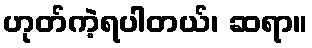
ဟုတ်ကဲ့ရပါတယ်၊ ဆရာ။